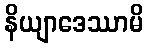
နိယျာဒေဿာမိ